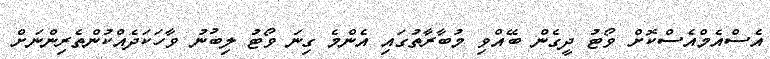
އެސްއެމްއެސްކޮށް ވޯޓު ދީގެން ބޭއްވި މުބާރާތުގައި އެންމެ ގިނަ ވޯޓު ލިބުނު ވާހަކަދެއްކުންތެރިންނަށް